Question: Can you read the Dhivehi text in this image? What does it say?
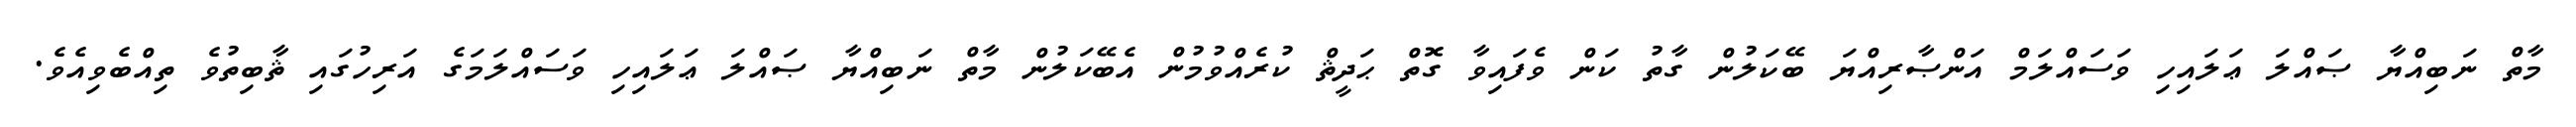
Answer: މާތް ނަބިއްޔާ ޞައްލަ ޢަލައިހި ވަސައްލަމް އަންޞާރިއްޔަ ބޭކަލުން ގާތު ކަން ވެފައިވާ ގޮތް ޙަދީޘް ކުރެއްވުމުން އެބޭކަލުން މާތް ނަބިއްޔާ ޞައްލަ ޢަލައިހި ވަސައްލަމަގެ އަރިހުގައި ޘާބިތުވެ ތިއްބެވިއެވެ.